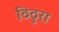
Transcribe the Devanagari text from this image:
ठिठुरा